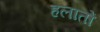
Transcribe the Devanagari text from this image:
हलातों